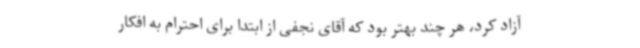
آزاد کرد، هر چند بهتر بود که آقای نجفی از ابتدا برای احترام به افکار